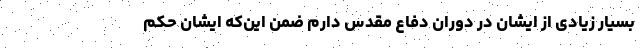
بسیار زیادی از ایشان در دوران دفاع مقدس دارم ضمن این‌که ایشان حکم